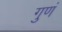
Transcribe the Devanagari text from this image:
गुणं